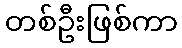
တစ်ဦးဖြစ်ကာ